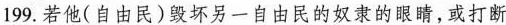
199.若他(自由民)毁坏另一自由民的奴隶的眼睛，或打断